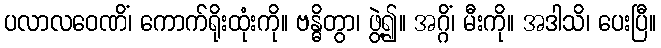
ပလာလဝေဏိံ၊ ကောက်ရိုးထုံးကို။ ဗန္ဓိတွာ၊ ဖွဲ့၍။ အဂ္ဂိံ၊ မီးကို။ အဒါသိ၊ ပေးပြီ။